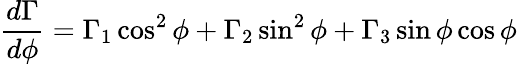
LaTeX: \frac{d\Gamma}{d\phi}=\Gamma_{1}\cos^{2}\phi+\Gamma_{2}\sin^{2}\phi+\Gamma_{3}\sin\phi\cos\phi